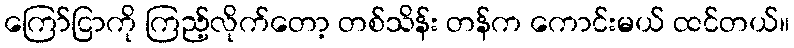
ကြော်ငြာကို ကြည့်လိုက်တော့ တစ်သိန်း တန်က ကောင်းမယ် ထင်တယ်။